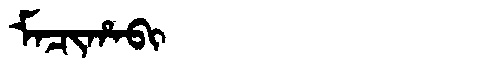
Manchu: ᠮᠠᠴᡳᡥᠠᠪᡳ
Romanization: MACIHABI